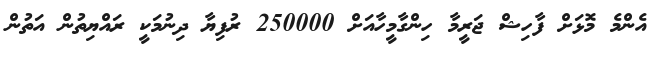
އެންމެ މޮޅަށް ފާހިޝް ޖަރީމާ ހިންގާމީހާއަށް 250000 ރުފިޔާ ދިނުމަކީ ރައްޔިތުން އަތުން